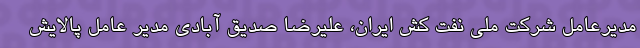
مدیرعامل شرکت ملی نفت کش ایران، علیرضا صدیق آبادی مدیر عامل پالایش